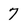
Character: 7